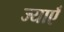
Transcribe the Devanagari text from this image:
ज्याएँ